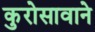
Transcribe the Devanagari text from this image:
कुरोसावाने